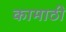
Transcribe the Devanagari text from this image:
कामाठी